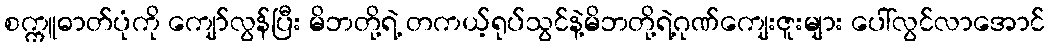
စက္ကူဓာတ်ပုံကို ကျော်လွန်ပြီး မိဘတို့ရဲ့ တကယ့်ရုပ်သွင်နဲ့မိဘတို့ရဲ့ဂုဏ်ကျေးဇူးများ ပေါ်လွင်လာအောင်